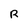
Character: R